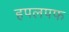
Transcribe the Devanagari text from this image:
हपलपफ